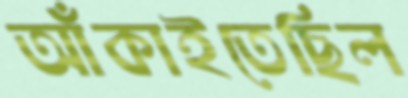
আঁকাইতেছিল